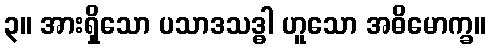
၃။ အားရှိသော ပသာဒသဒ္ဓါ ဟူသော အဓိမောက္ခ။